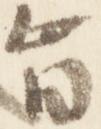
旨